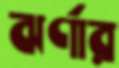
ঝর্ণার